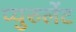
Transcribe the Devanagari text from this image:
प्युरुलेंट